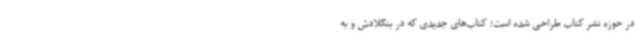
در حوزه نشر کتاب طراحی شده است؛ کتاب‌های جدیدی که در بنگلادش و به